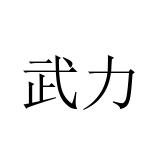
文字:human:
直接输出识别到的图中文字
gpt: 武力